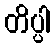
တိပ္ပါ